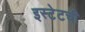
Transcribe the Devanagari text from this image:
इस्टेटची